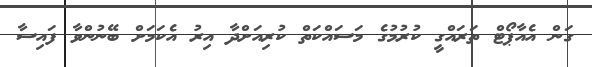
ގަން އެއާޕޯޓް ތަރައްގީ ކުރުމުގެ މަސައްކަތް ކުރިއަށްދާ އިރު އެކަމަށް ބޭނުންވާ ފައިސާ